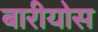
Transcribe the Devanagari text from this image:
बारीयोस